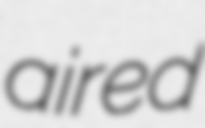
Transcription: aired